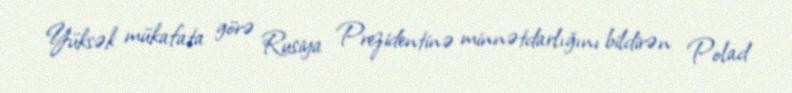
Yüksək mükafata görə Rusiya Prezidentinə minnətdarlığını bildirən Polad